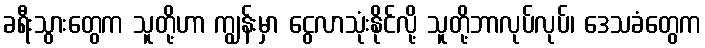
ခရီးသွားတွေက သူတို့ဟာ ကျွန်းမှာ ငွေလာသုံးနိုင်လို့ သူတို့ဘာလုပ်လုပ်၊ ဒေသခံတွေက